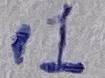
Text: .1